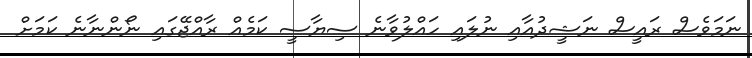
ނަމަވެސް ރައީސް ނަޝީދުއާއި ނުލައި ހައްލުވާނެ ސިޔާސީ ކަމެއް ރާއްޖޭގައި ނޯންނާނެ ކަމަށް